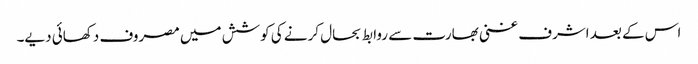
اس کے بعد اشرف غنی بھارت سے روابط بحال کرنے کی کوشش میں مصروف دکھائی دیے۔